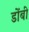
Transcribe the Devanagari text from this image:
डोंबी